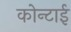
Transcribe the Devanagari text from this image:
कोन्टाई